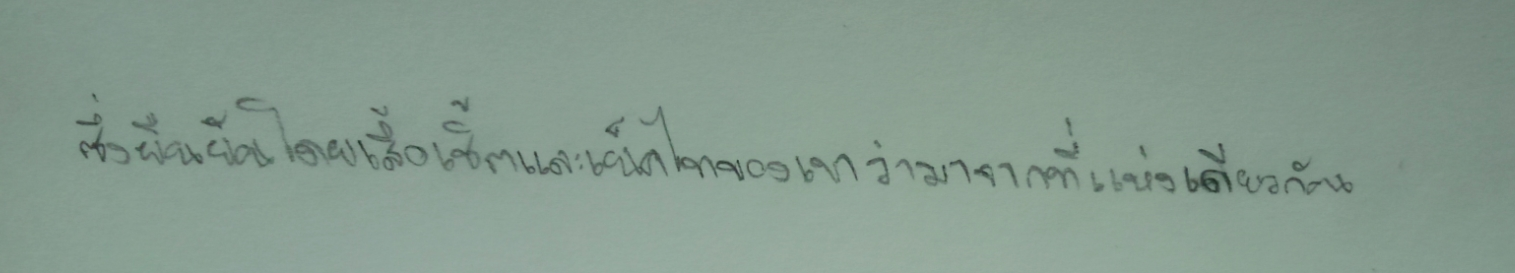
ซึ่งยืนยันโดยเสื้อเชิ้ตและเน็คไทของเขาว่ามาจากที่แห่งเดียวกัน